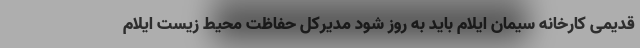
قدیمی کارخانه سیمان ایلام باید به روز شود مدیرکل حفاظت محیط زیست ایلام